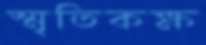
স্মৃতিকক্ষ